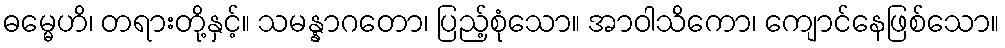
ဓမ္မေဟိ၊ တရားတို့နှင့်။ သမန္နာဂတော၊ ပြည့်စုံသော။ အာဝါသိကော၊ ကျောင်နေဖြစ်သော။